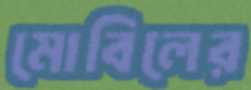
মোবিলের